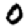
Digit: 0